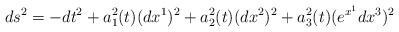
LaTeX: \begin{align*}ds^2=-dt^2+a_1^2(t)(dx^1)^2+a_2^2(t)(dx^2)^2+a_3^2(t)(e^{x^1}dx^3)^2\end{align*}